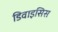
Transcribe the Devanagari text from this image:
डिवाइसिस